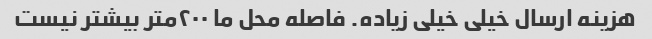
هزینه ارسال خیلی خیلی زیاده. فاصله محل ما ۲۰۰متر بیشتر نیست